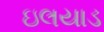
ઇલયાડ